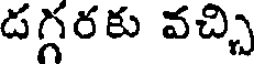
డగ్గరకు వచ్చి